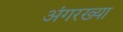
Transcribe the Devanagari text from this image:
अंगरख्या